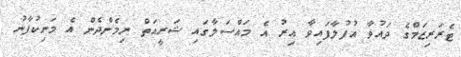
ޓެރަރިޒަމްގެ ދައުވާ އުފުލާފައިވާ އިރު އެ މައްސަލާގައި ޝަރީއަތް ނިމެންދެން އެ މަނިކުފާނު